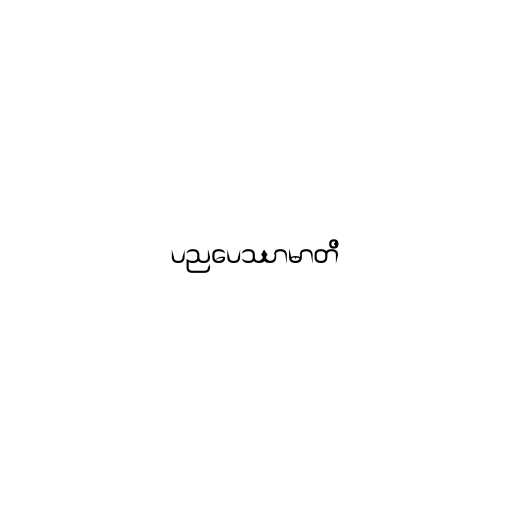
ပညပေဿာမာတိ